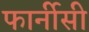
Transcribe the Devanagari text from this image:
फार्नीसी